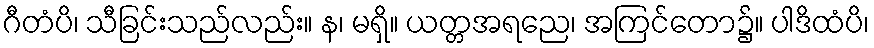
ဂီတံပိ၊ သီခြင်းသည်လည်း။ န၊ မရှိ။ ယတ္တအရညေ၊ အကြင်တော၌။ ပါဒိထံပိ၊